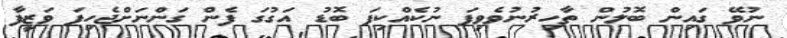
ނުވޭ ގައިން ބޮލުން ތާހިރުނުވެވިފަ ނުކެއްކިފަ ބޮޑު އަގުގަ ފެން ގަންނަށްޖެހިފަ ވަޒީފާ